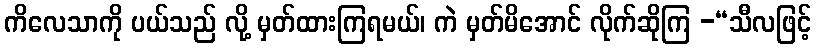
ကိလေသာကို ပယ်သည် လို့ မှတ်ထားကြရမယ်၊ ကဲ မှတ်မိအောင် လိုက်ဆိုကြ -“သီလဖြင့်